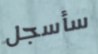
سأسجل